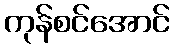
ကုန်စင်အောင်